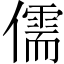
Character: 儒